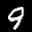
Label: 9